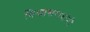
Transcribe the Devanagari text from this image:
विश्वासरावांनी